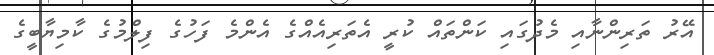
އޭރު ތަރިންނާއި މެދުގައި ކަންތައް ކުރީ އެތަރިއެއްގެ އެންމެ ފަހުގެ ފިލްމުގެ ކާމިޔާބީގެ